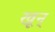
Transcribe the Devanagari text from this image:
खून्